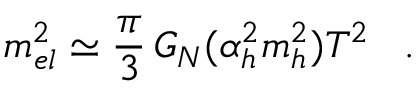
m _ { e l } ^ { 2 } \simeq \frac { \pi } { 3 } \, G _ { N } ( \alpha _ { h } ^ { 2 } m _ { h } ^ { 2 } ) T ^ { 2 } \; \; \; .